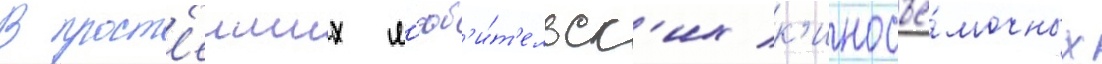
В прост'еиших л'юб'и́т'ельск'их к'иносъё́мочных